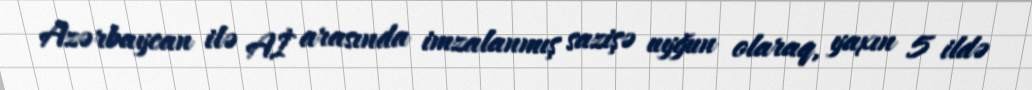
Azərbaycan ilə Aİ arasında imzalanmış sazişə uyğun olaraq, yaxın 5 ildə